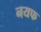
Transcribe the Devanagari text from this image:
नयफ